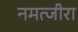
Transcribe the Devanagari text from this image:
नमत्जीरा